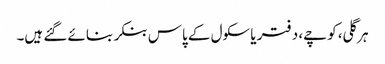
ہر گلی، کوچے، دفتر یا سکول کے پاس بنکر بنائے گئے ہیں۔